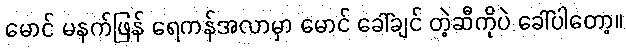
မောင် မနက်ဖြန် ရေကန်အလာမှာ မောင် ခေါ်ချင် တဲ့ဆီကိုပဲ ခေါ်ပါတော့။